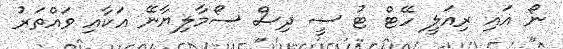
ނޯ އައި ރިއަލީ ހޭޓް ޓު ސީ ދިސް ސޯމާލިޔާނޭ އަކާއި ވައްތަރު